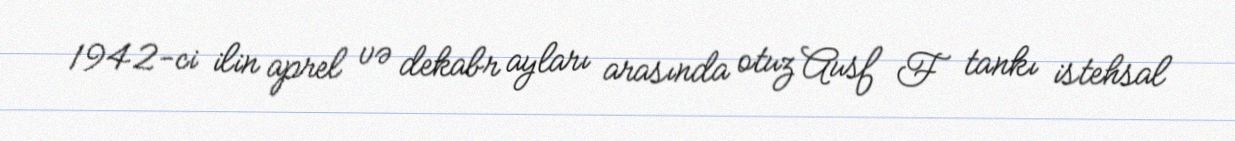
1942-ci ilin aprel və dekabr ayları arasında otuz Ausf F tankı istehsal